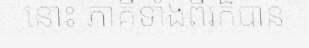
នោះ ភាគីទាំងពីរក៏បាន